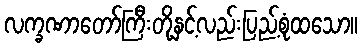
လက္ခဏာတော်ကြီးတို့နှင့်လည်းပြည့်စုံထသော။